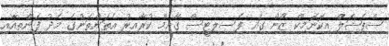
ސްޕެޝަލް އިކޮނޮމިކް ޒޯން ގައި ފެސިލިޓީސް ގާއިމް ކުރާއިރު އެތަންތަނުގެ މެދު ފަންތިއާއި